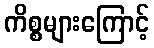
ကိစ္စများကြောင့်